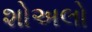
શોઅલો